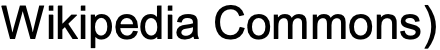
Wikipedia Commons)